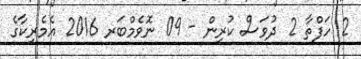
2 ހަފްތާ 2 ދުވަސް ކުރިން - 09 ނޮވެމްބަރ 2016 އެމެރިކާގެ